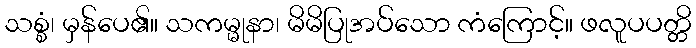
သစ္စံ၊ မှန်ပေ၏။ သကမ္မုနာ၊ မိမိပြုအပ်သော ကံကြောင့်။ ဖလူပပတ္တိ